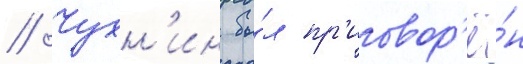
// Чухн'ин бы́л пр'иговор'ё́н